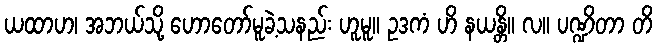
ယထာဟ၊ အဘယ်သို့ ဟောတော်မူခဲ့သနည်း ဟူမူ။ ဥဒကံ ဟိ နယန္တိ။ လ။ ပဏ္ဍိတာ တိ